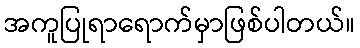
အကူပြုရာရောက်မှာဖြစ်ပါတယ်။